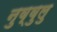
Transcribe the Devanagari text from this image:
नुव्वुलु